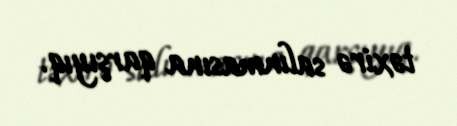
təxirə salınmasına qarşıyıq.